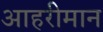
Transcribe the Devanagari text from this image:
आहरीमान